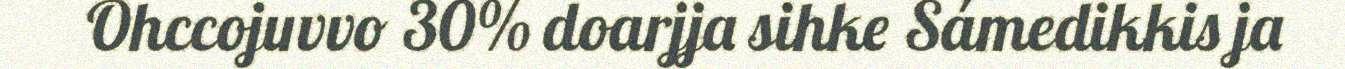
Ohccojuvvo 30% doarjja sihke Sámedikkis ja